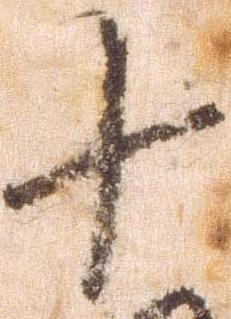
十